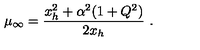
\mu _ { \infty } = { \frac { x _ { h } ^ { 2 } + \alpha ^ { 2 } ( 1 + Q ^ { 2 } ) } { 2 x _ { h } } } \ .